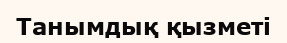
Танымдық қызметі